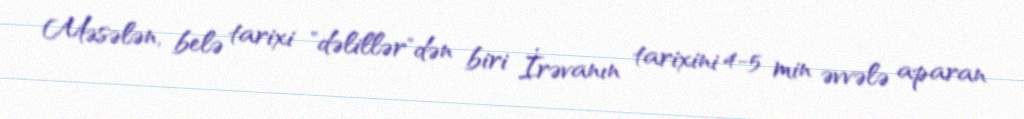
Məsələn, belə tarixi "dəlillər"dən biri İrəvanın tarixini 4-5 min əvvələ aparan